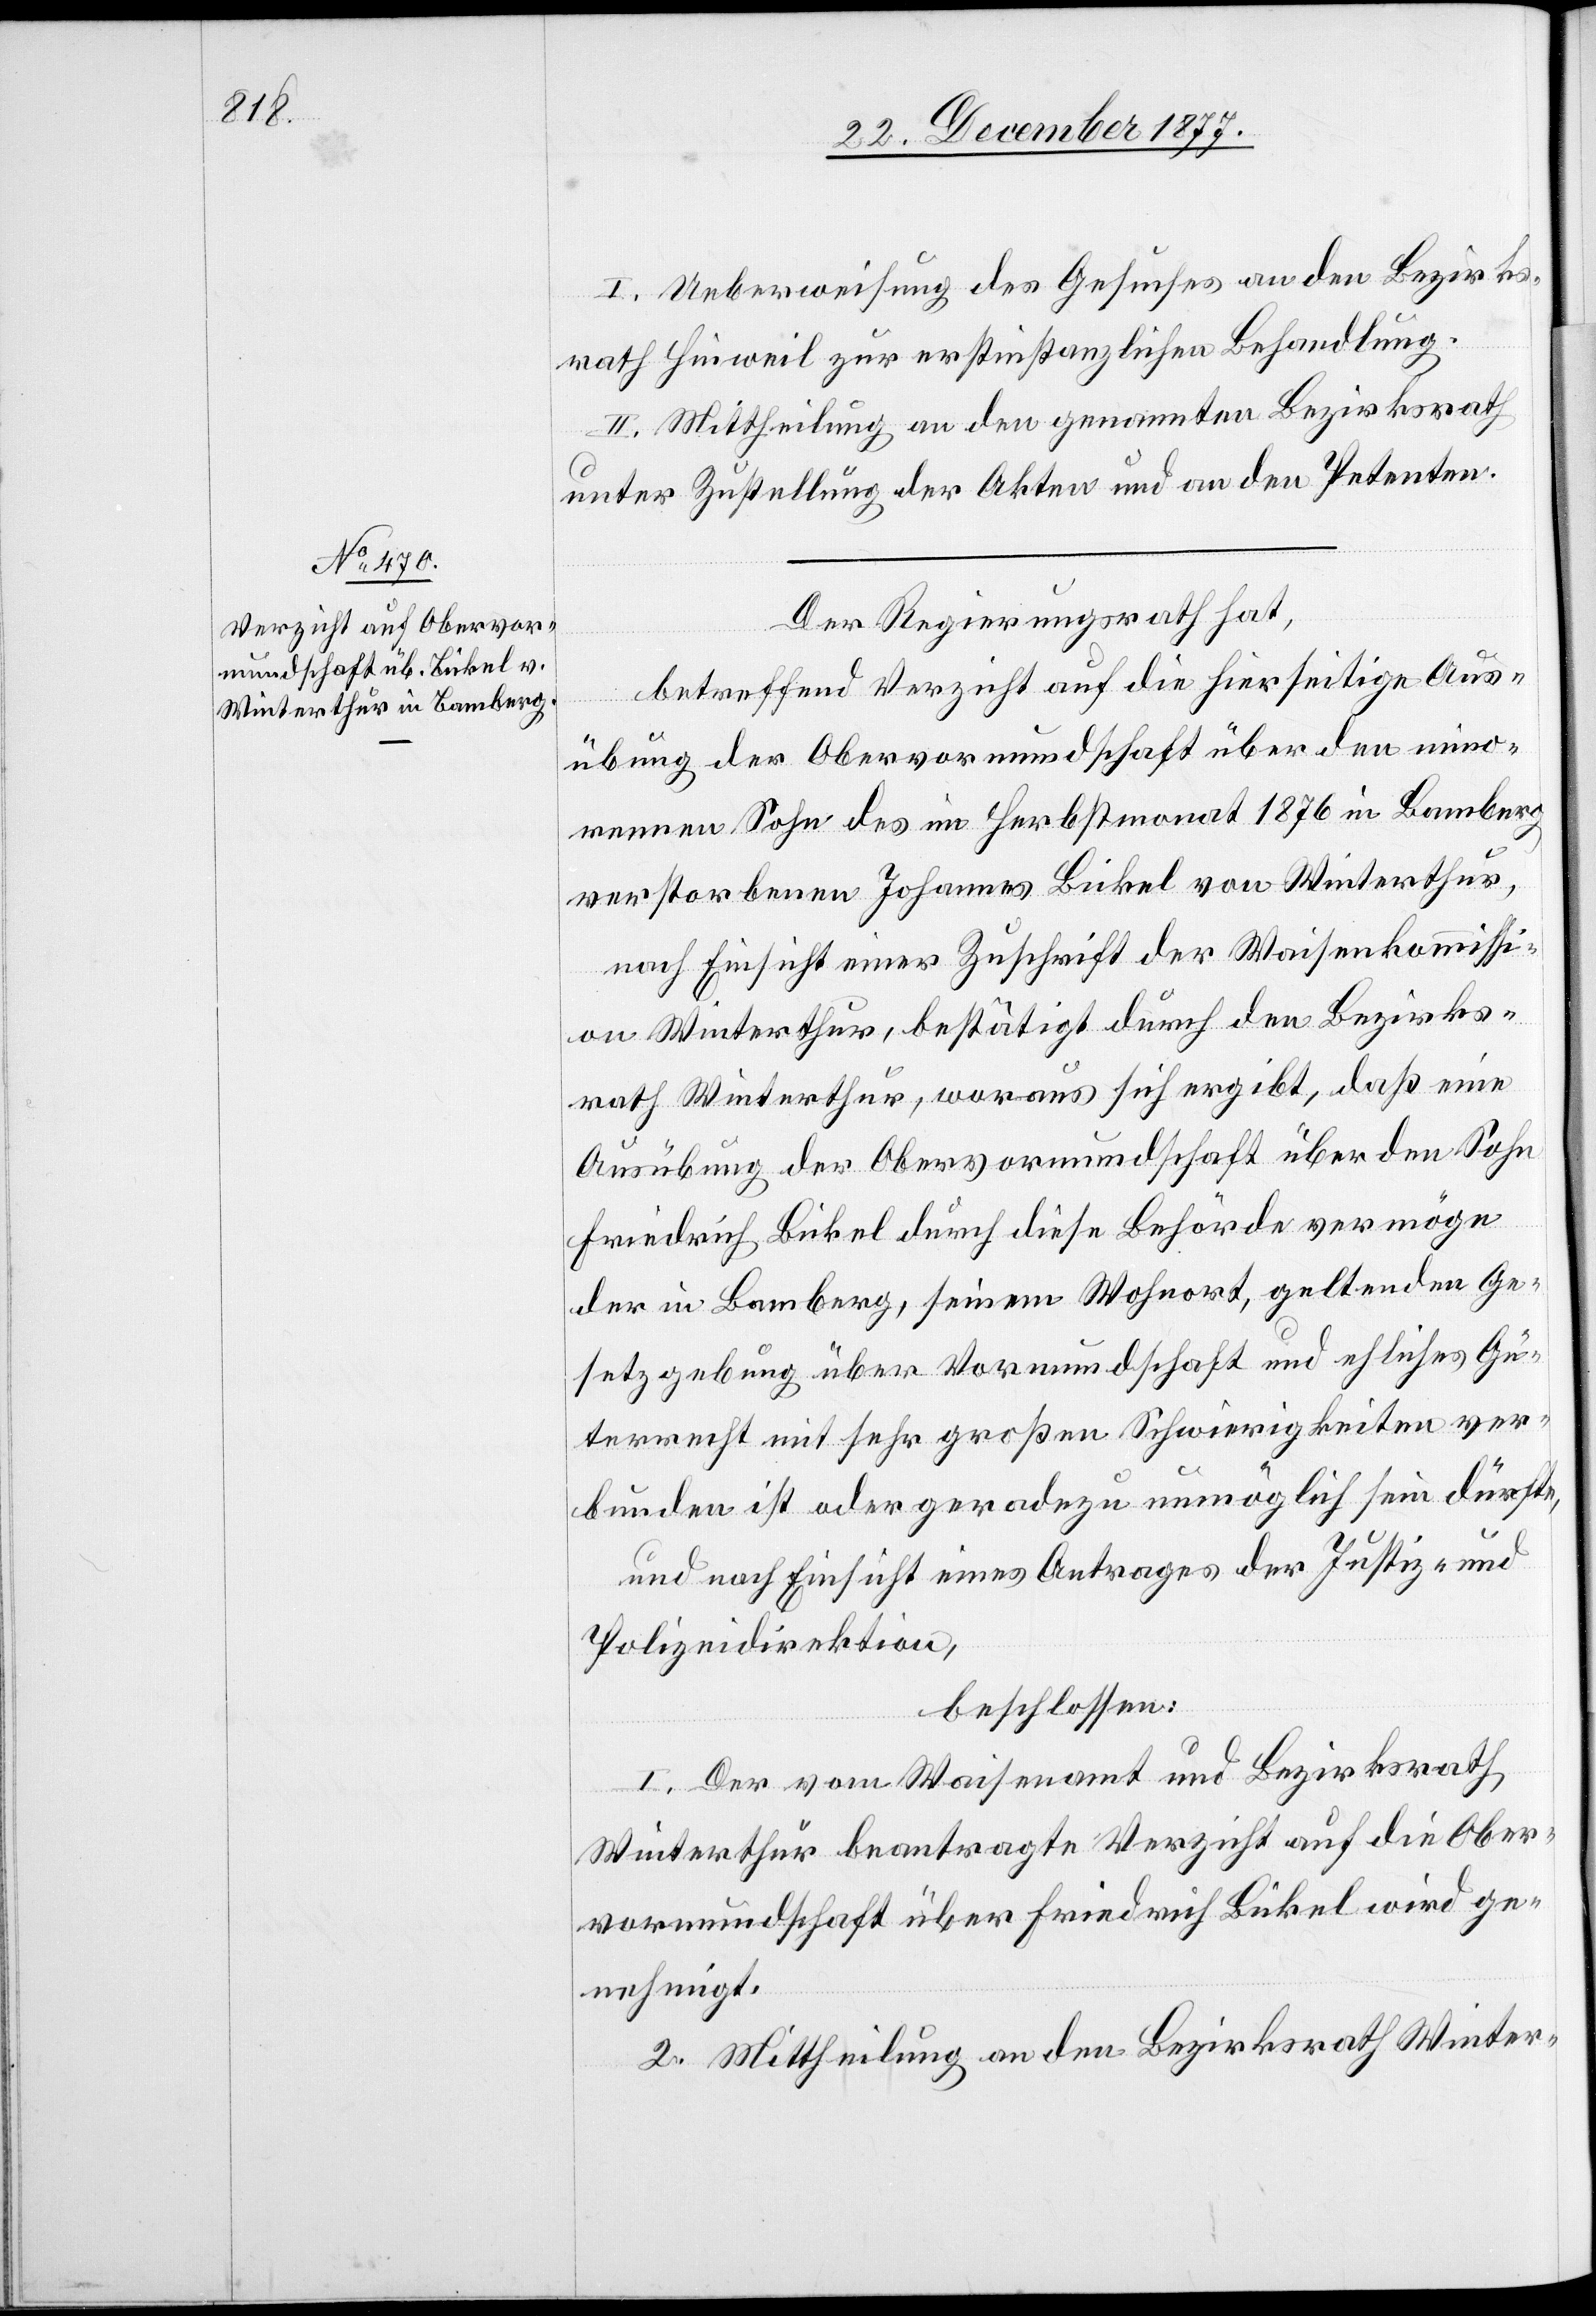
I. Ueberweisung des Gesuches an den Bezirks¬
rath Hinweil zur erstinstanzlichen Behandlung.
II. Mittheilung an den genannten Bezirksrath
unter Zustellung der Akten und an den Petenten.
Der Regierungsrath hat,
betreffend Verzicht auf die hierseitige Aus¬
übung der Obervormundschaft über den mino¬
rennen Sohn des im Herbstmonat 1876 in Bamberg
verstorbenen Johannes Bickel von Winterthur,
nach Einsicht einer Zuschrift der Waisenkommissi¬
on Winterthur, bestätigt durch den Bezirks¬
rath Winterthur, woraus sich ergibt, daß eine
Ausübung der Obervormundschaft über den Sohn
Friedrich Bickel durch diese Behörde vermöge
der in Bamberg, seinem Wohnort, geltenden Ge¬
setzgebung über Vormundschaft und ehliches Gü¬
terrecht mit sehr großen Schwierigkeiten ver¬
bunden ist oder geradezu unmöglich sein dürfte,
und nach Einsicht eines Antrages der Justiz- und
Polizeidirektion,
beschlossen:
I. Der vom Waisenamt und Bezirksrath
Winterthur beantragte Verzicht auf die Ober¬
vormundschaft über Friedrich Bickel wird ge¬
nehmigt.
Mittheilung an den Bezirksrath Winter-